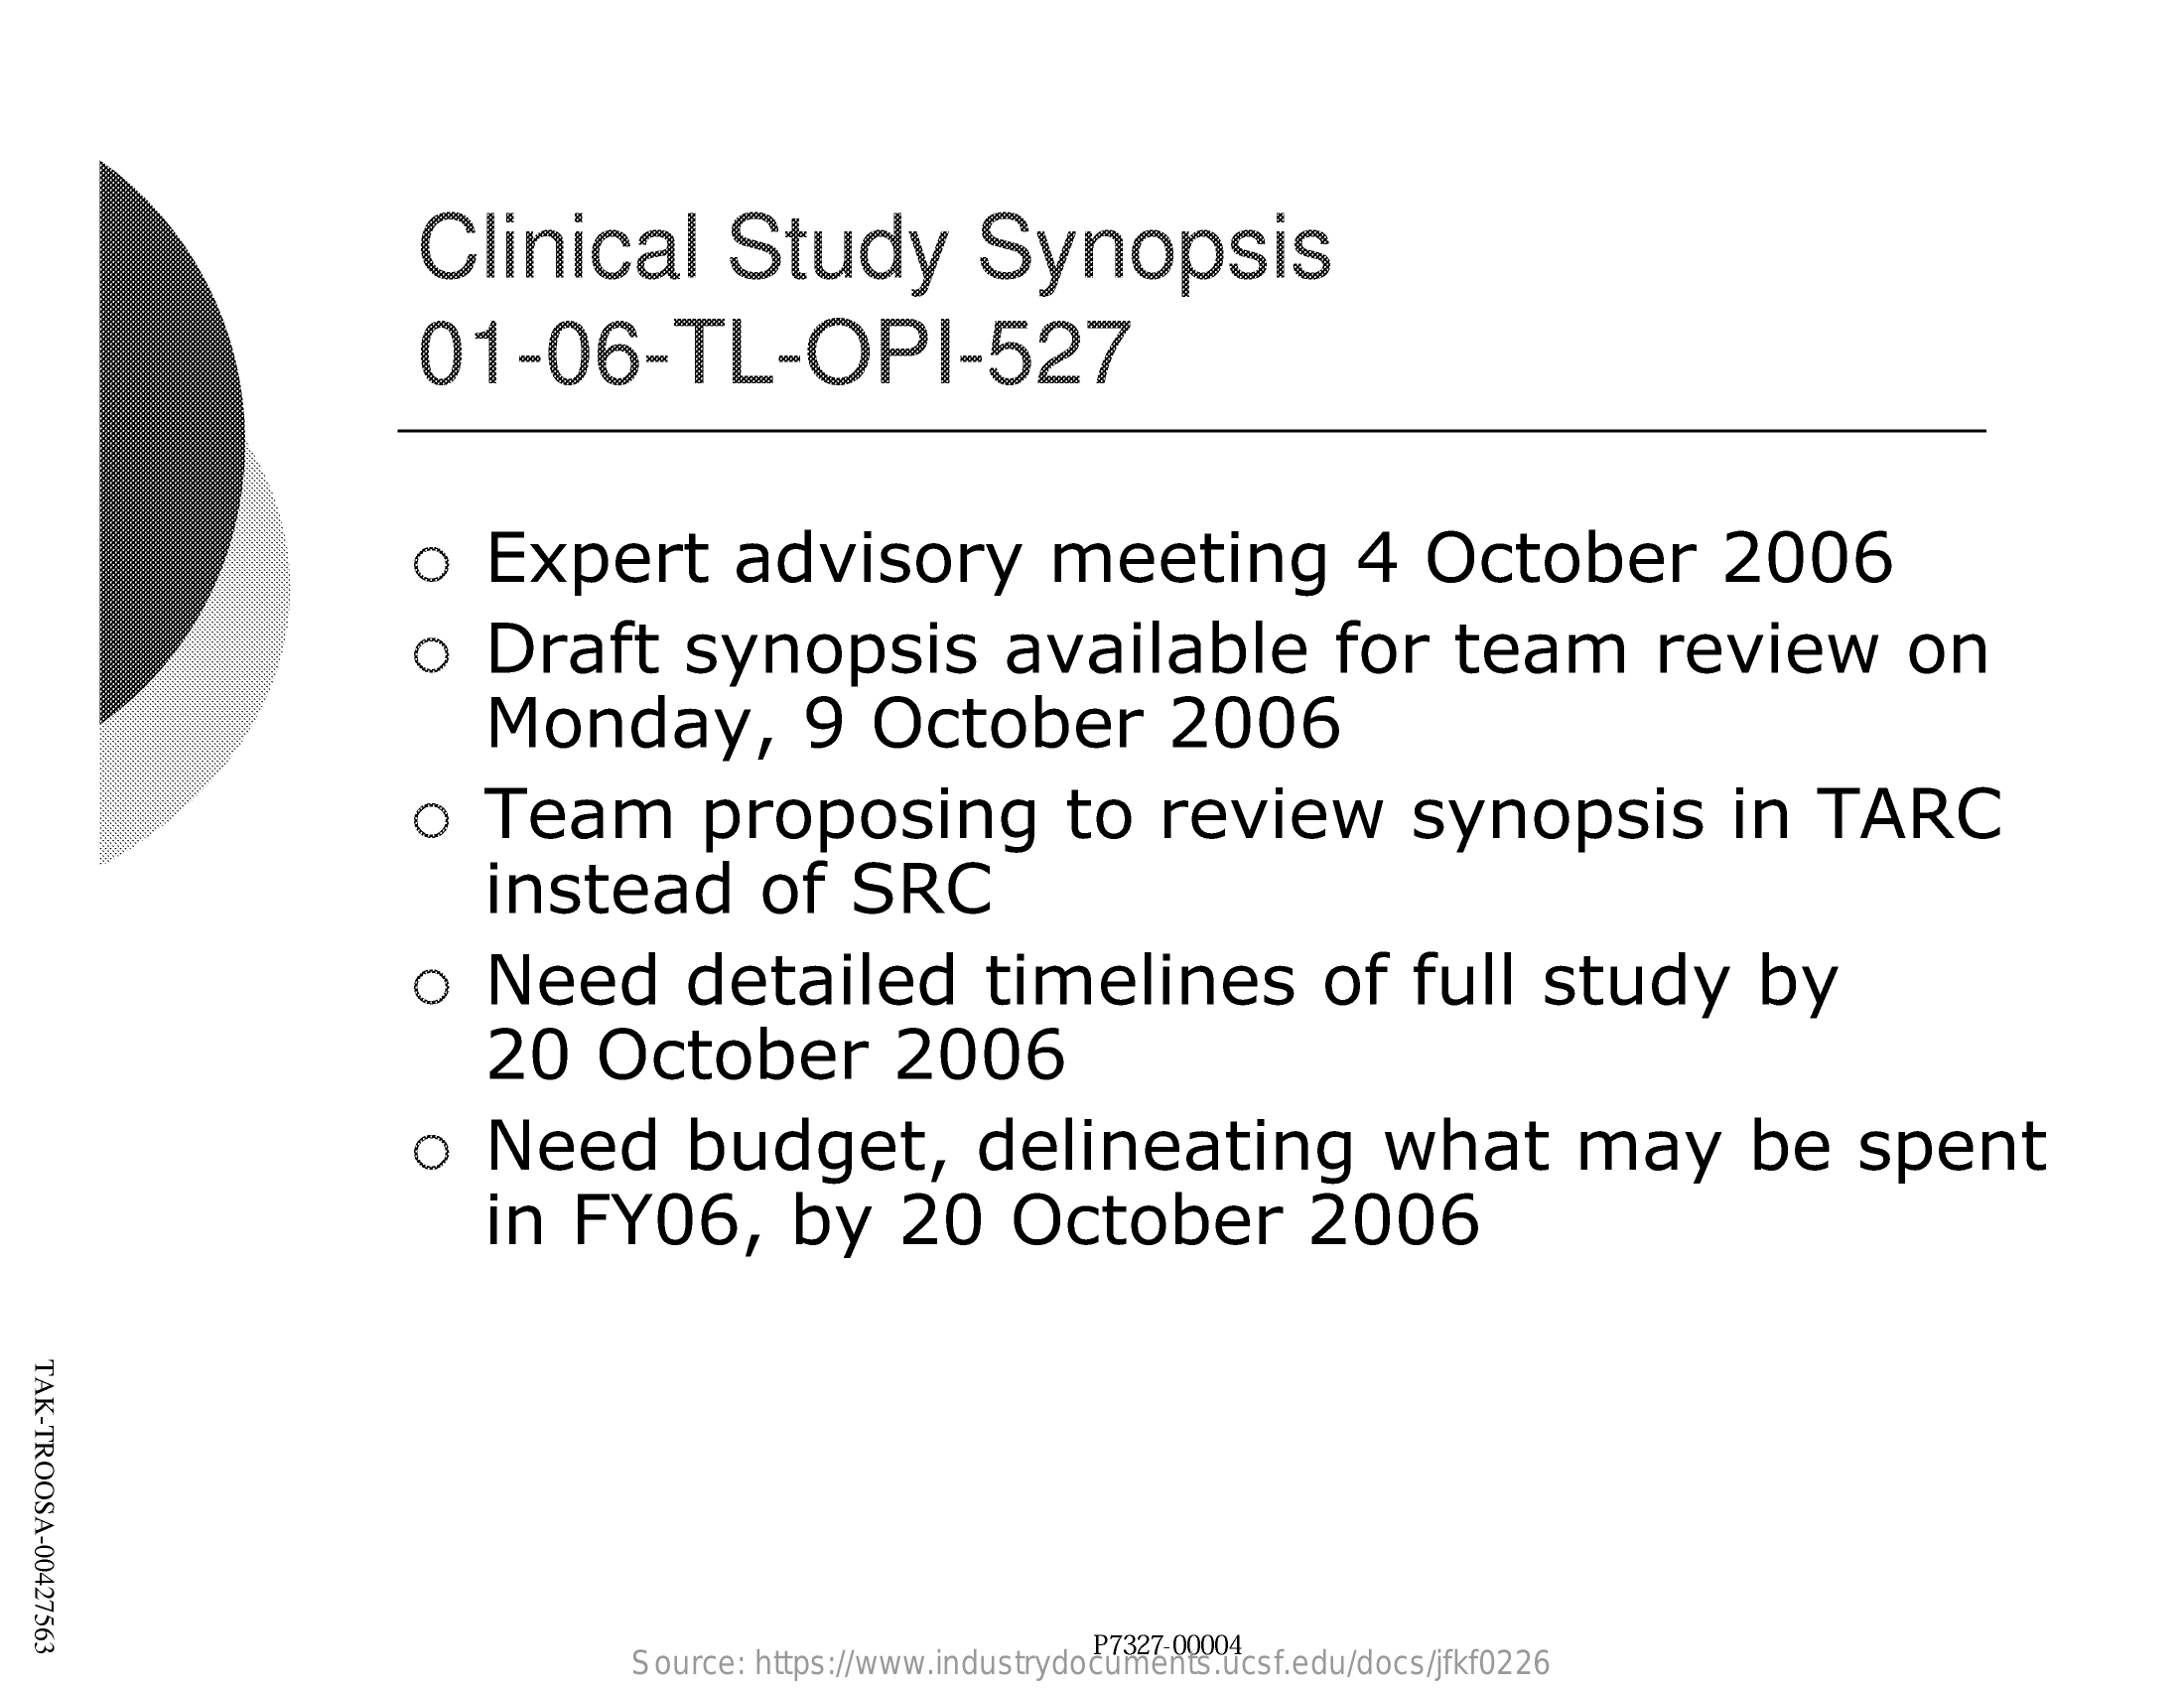
Clinical    Study    Synopsis
     01-06-TL-OPI-527
     o   Expert    advisory    meeting    4   October    2006
     o   Draft    synopsis    available    for    team    review    on
     Monday,    9   October    2006
     o   Team    proposing    to    review    synopsis    in    TARC
     instead    of    SRC
     o   Need    detailed    timelines    of    full    study    by
     20    October    2006
     o   Need    budget,    delineating    what    may    be    spent
     in   FY06,    by    20    October    2006
  TAK-TROOSA-00427563
     Source: https://www.industrydocuments.ucsf.edu/docs/jfkf0226
     P7327-00004